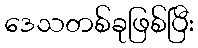
ဒေသတစ်ခုဖြစ်ပြီး